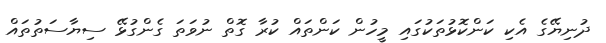
ދުނިޔޭގެ އެކި ކަންކޮޅުތަކުގައި މީހުން ކަންތައް ކުރާ ގޮތް ނުވަތަ ގެންގުޅޭ ސިޔާސަތުތައް